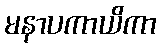
မနာပကာယိကာ